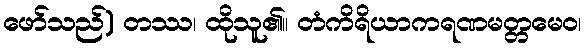
ဖော်သည်) တဿ၊ ထိုသူ၏။ တံကိရိယာကရဏမတ္တမေဝ၊